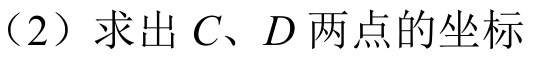
（2）求出\(C、D\)两点的坐标